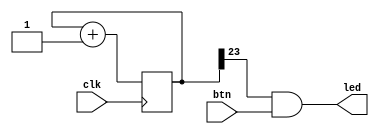
module top(
    input  clk,
    input  btn,
    output led
);

    reg [23:0] counter;

    always @(posedge clk) begin
        counter <= counter + 1;
    end

    assign led = counter[23] && btn;

endmodule